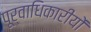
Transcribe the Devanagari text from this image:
पूर्वाधिकारीयों